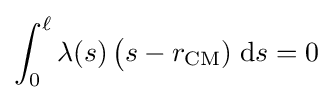
\int _{0}^{\ell }\lambda (s)\,{\big (}s-r_{\mathrm {CM} })\;\mathrm {d} s=0